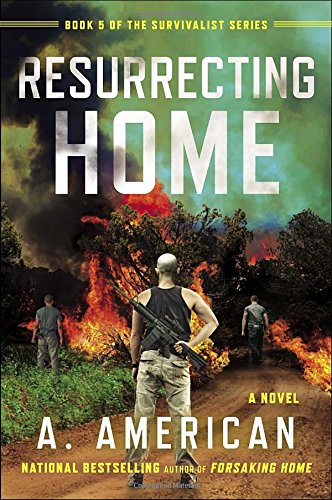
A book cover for Resurrecting Home: A Novel (The Survivalist Series); A. American; Science Fiction & Fantasy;